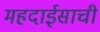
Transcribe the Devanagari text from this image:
महदाईसाची